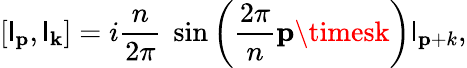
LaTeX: [\mathsf{l}_{\mathbf{p}},\mathsf{l}_{\mathbf{k}}]=i\frac{{n}}{{2\pi}}~\sin\left(\frac{{2\pi}}{{n}}{\mathbf{p}\timesk}\right)\mathsf{l}_{\mathbf{p}+k},